Palivere_vallavalitsus, lk 7
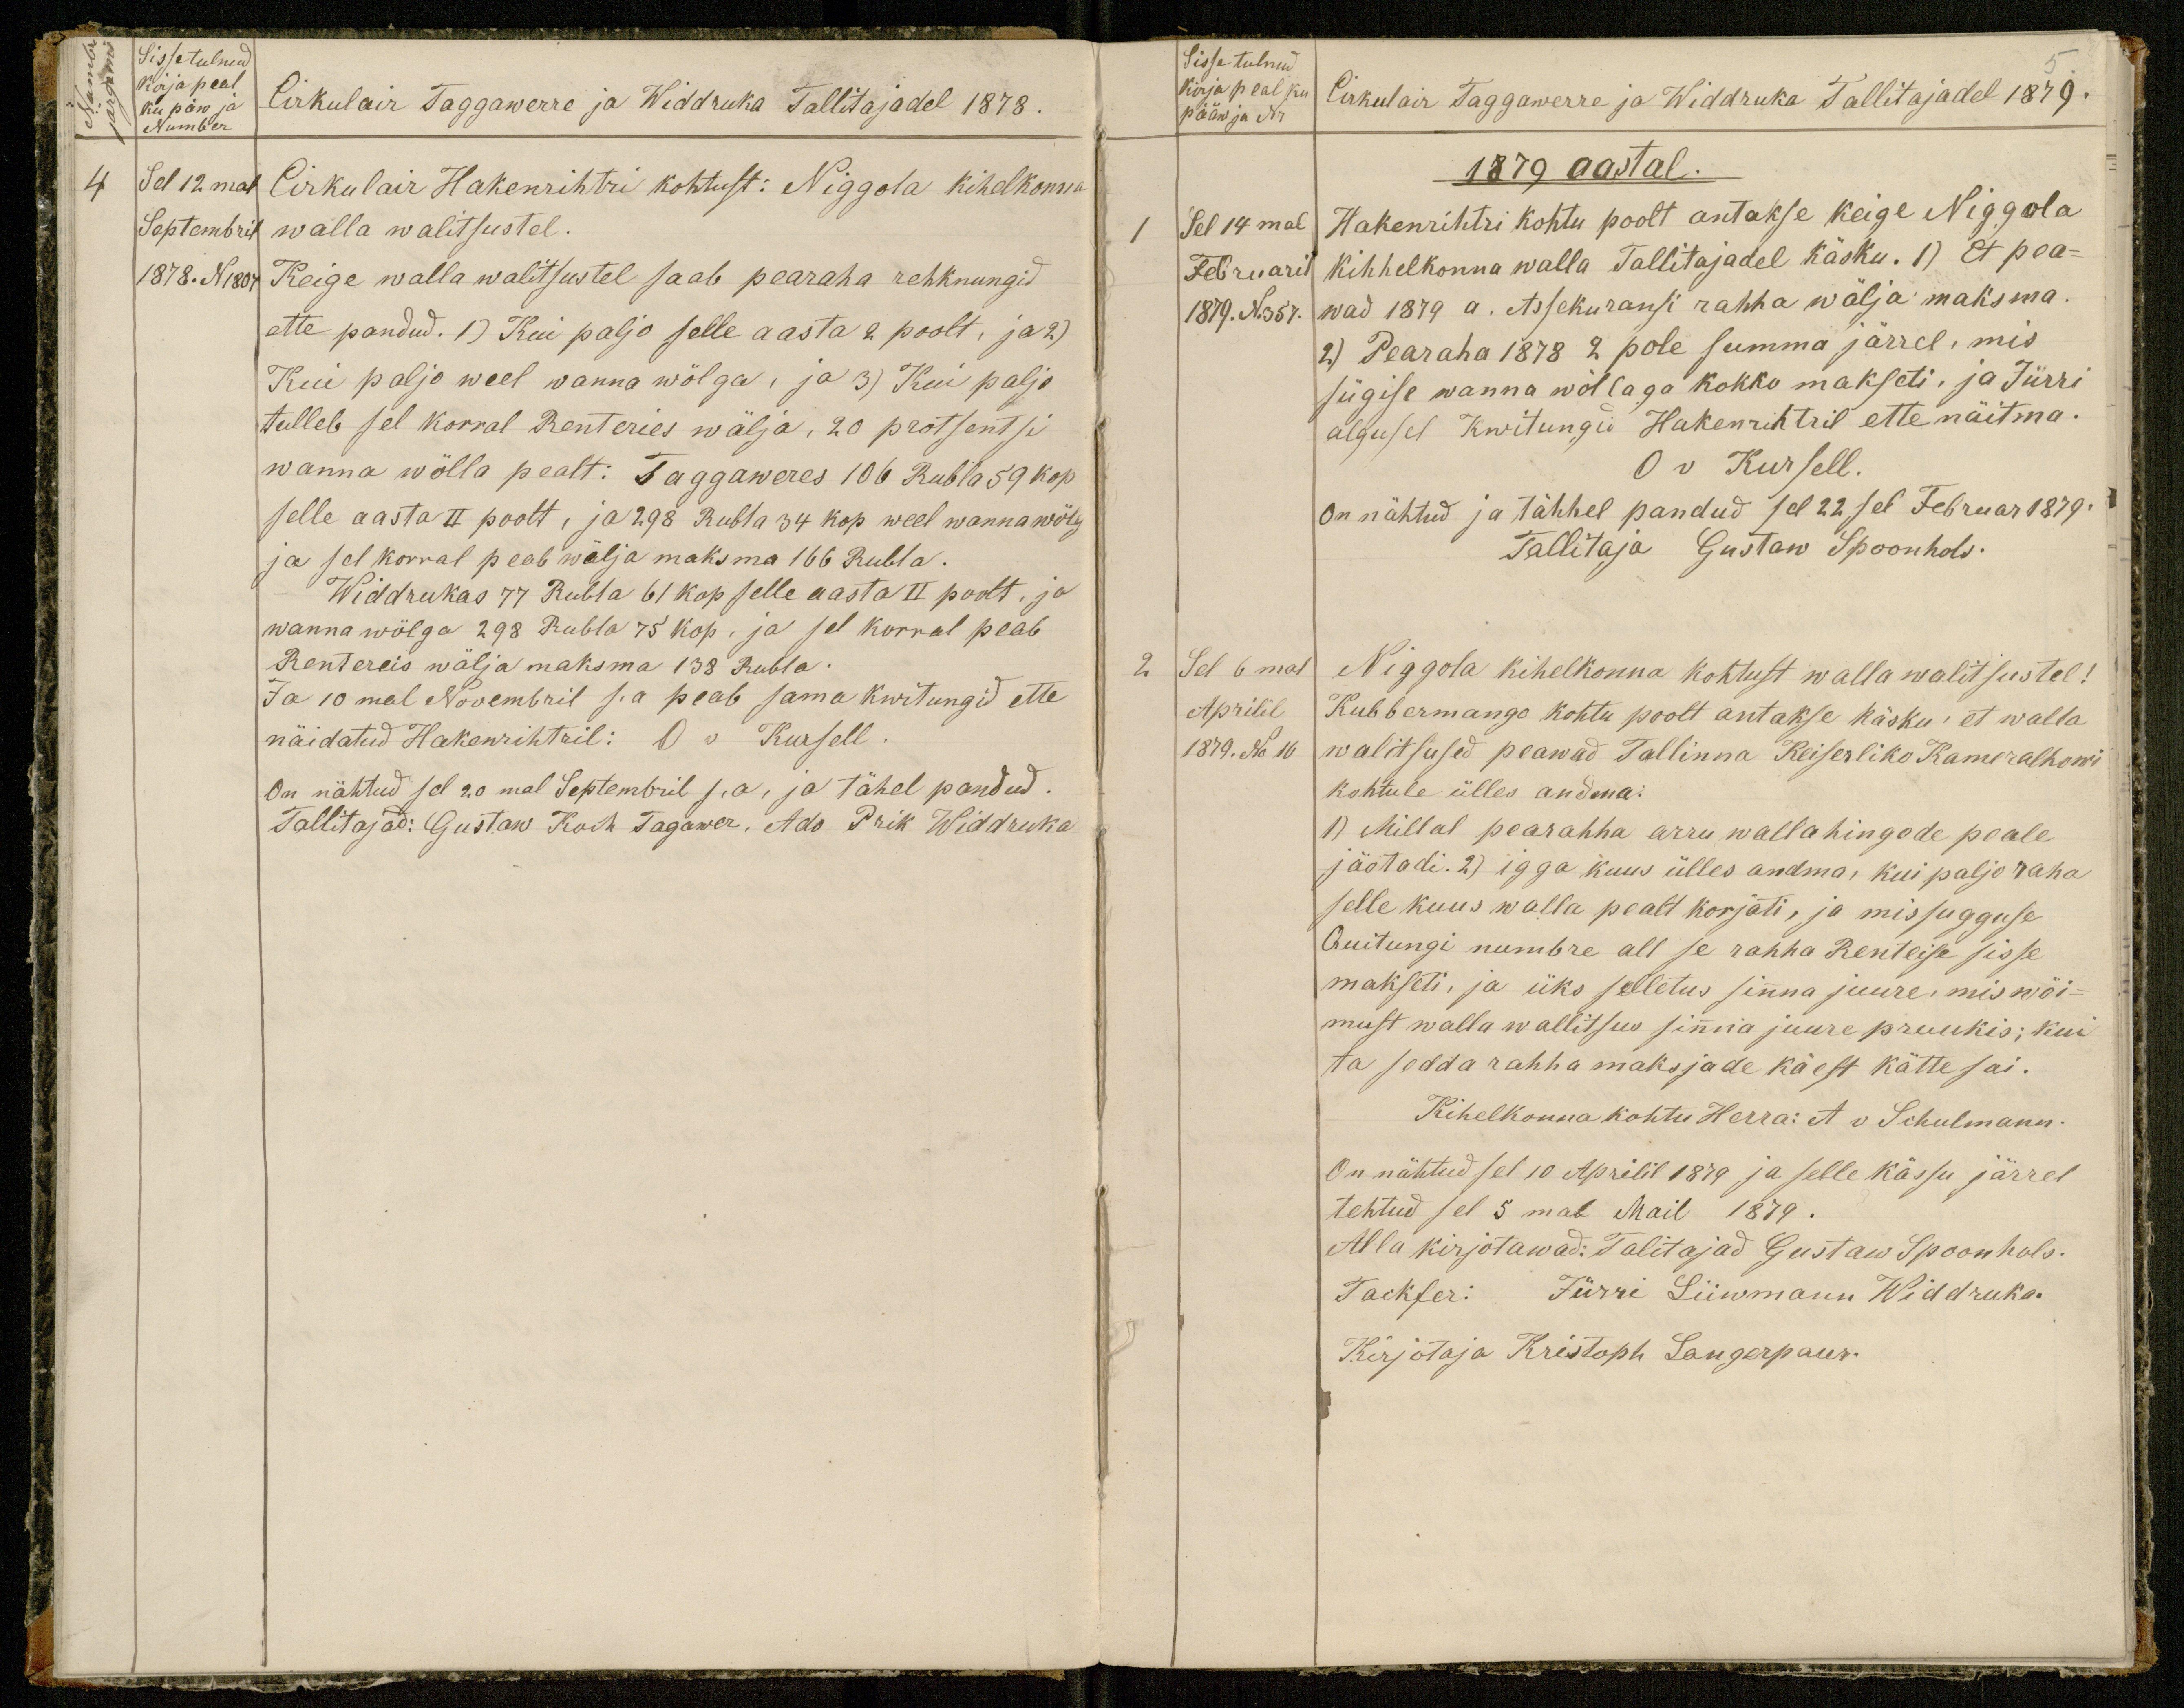
Sissetulnud
Kirja peal
ku päw ja
Number
Cirkulair Taggawerre ja Widdruka Tallitajadel 1878.
4 Sel 12mal
Septembril
1878. N1807
Cirkulair Hakenrihtri kohtust: Niggola kihelkonna
walla walitsustel.
Keige walla walitsustel saab pearaha rehknungid
ette pandud. 1) Kui paljo selle aasta 2 poolt, ja 2)
Kui paljo weel wanna wölga, ja 3) Kui palju
tulleb sel korral Renteries wälja, 20 protsentse
wanna wölla pealt: Taggaweres 106 Rubla 59 kop
selle aasta II poolt, ja 298 Rubla 34 kop weel wanna wölg
ja sel korral peab wälja maksma 166 Rubla.
Widdrukas 77 Rubla 61 kop selle aasta II poolt, ja
wanna wölga 298 Rubla 75 kop. ja sel korral peab
Rentereis wälja maksma 138 Rubla.
Ja 10mal Novembril s.a peab sama kwitungid ette
näidatud Hakewihtril: O v Kursell.
On nähtud sel 20mal Septembril s.a, ja tähel pandud.
Tallitajad: Gustaw Koch Tagawer, Ado Prik Widdruka

5.
Sisse tulnud
Kirja peal ku
pääw ja Nr.
Cirkulair Taggawerre ja Widdruka Tallitajadel 1879.
1879 aastal.
1 Sel 14mal
Februaril
1879. N.357.
Hakenrihtri kohtu poolt antakse keige Niggola
Kihhelkonna walla Tallitajadel käsku. 1) Et pea-
wad 1879 a. Assekuransi rahha wälja maksma.
2) Pearaha 1878 2 pole summa järrel, mis
sügise wanna wöllaga kokko makseti, ja Jürri
algusel Kwitungid Hakenrihtril ette näitma.
O v Kursell.
On nähtud ja tähhel pandud sel 22sel Februar 1879.
Tallitaja Gustaw Spoonhols.
Sel 6mal
Aprilil
1879. No 16
Niggola kihelkonna kohtust walla walitsustel!
Kubbermango kohtu poolt antakse käsku, et walla
walitsused peawad Tallinna Keiserliko Kameralhowi
kohtule ülles andma.
1) Millal pearahha arru walla hingede peale
jäotadi. 2) igga kuus ülles andma, kui paljo raha
selle kuus walla pealt korjati, ja missugguse
Quitungi numbre all se rahha Renteise sisse
makseti, ja üks selletus sinna juure, mis wöi-
must walla wallitsus sinna juure pruukis; kui
ta sedda rahha maksjade käest kätte sai.
Kihelkonna kohtu Herra: A v Schulmann.
On nähtud sel 10 Aprilil 1879 ja selle kässu järrel
tehtud sel 5 mal Mail 1879.
Alla kirjotawad: Talitajad Gustaw Spoonhols.
Tackser: Jürri Liiwmann Widdruka.
Kirjotaja Kristoph Langerpaur.